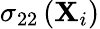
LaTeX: \sigma_{22}\left({\mathbf{X}}_{i}\right)